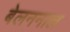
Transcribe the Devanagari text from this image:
बेलननाल